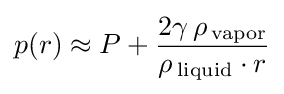
p(r)\approx P+{\frac {2\gamma \,\rho \,_{\rm {vapor}}}{\rho \,_{\rm {liquid}}\cdot r}}